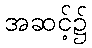
အဆင့်၌